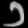
Digit: ၁